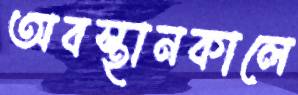
অবস্থানকালে